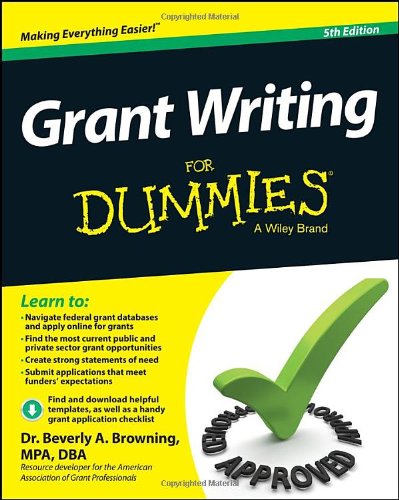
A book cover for Grant Writing For Dummies, 5th Edition; Beverly A. Browning; Business & Money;